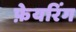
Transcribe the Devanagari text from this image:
फ़ेयरिंग